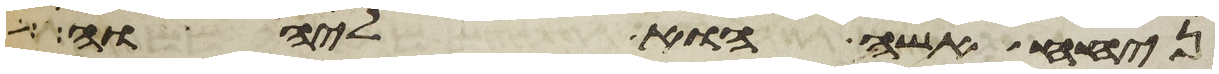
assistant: ניחח אשה הוא ליהוה